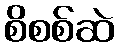
စိစစ်ဆဲ